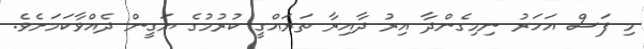
މި ފަސް އަހަރު ނިމިގެންދާ އިރު ދާއިރާ ތަރައްގީ ކުރުމުގެ ޔަގީން ދެއްވާކަމަށެވެ.